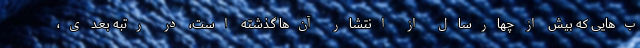
ب‌هایی که بیش از چهارسال از انتشار آن‌ها گذشته است، در رتبه بعدی،